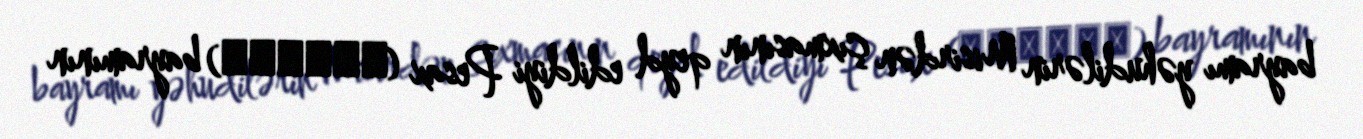
bayramı yəhudilərin Misirdən çıxmasının qeyd edildiyi Pesax (פֶּסַח) bayramının